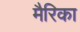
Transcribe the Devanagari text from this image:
मैरिका